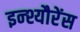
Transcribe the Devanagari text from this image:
इन्श्यौरेंस